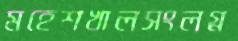
মহেশখালসংলগ্ন